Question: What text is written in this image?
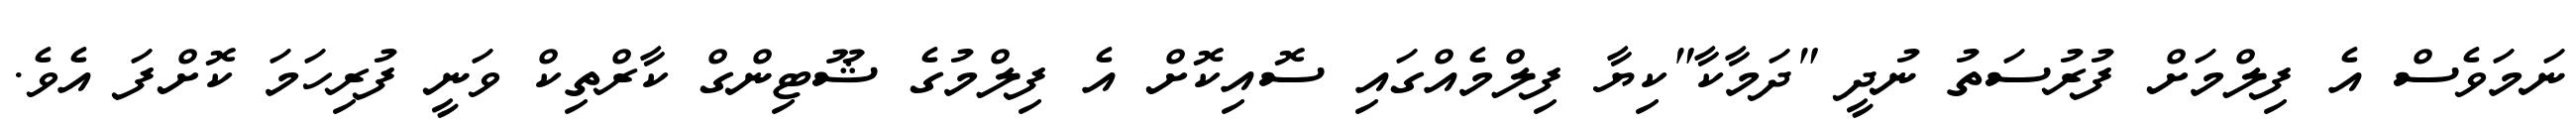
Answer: ނަމަވެސް އެ ފިލްމަށް ފުރުސަތު ނުދީ "ދަމާކާ"ކިޔާ ފިލްމެއްގައި ސޮއިކޮށް އެ ފިލްމުގެ ޝޫޓިންގް ކާރްތިކް ވަނީ ފުރިހަމަ ކޮށްފަ އެވެ.